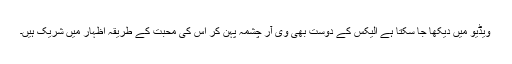
ویڈیو میں دیکھا جا سکتا ہے الیکس کے دوست بھی وی آر چشمہ پہن کر اس کی محبت کے طریقہ اظہار میں شریک ہیں۔